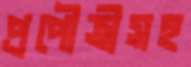
প্রপৌত্রীসহ